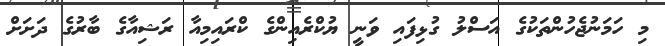
މި ހަމަނުޖެހުންތަކުގެ އަސްލު ގުޅިފައި ވަނީ ޔުކްރެއިންގެ ކްރައިމިއާ ރަޝިއާގެ ބާރުގެ ދަށަށް